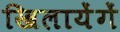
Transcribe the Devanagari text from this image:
खिलायेंगें